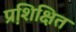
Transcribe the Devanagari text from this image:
प्रशि़क्षित